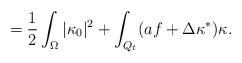
LaTeX: \begin{align*} = \frac{1}{2} \int_{\Omega} |\kappa_0|^2 + \int_{Q_t} (a f + \Delta \kappa^*)\kappa.\end{align*}